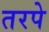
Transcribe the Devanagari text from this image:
तरपे